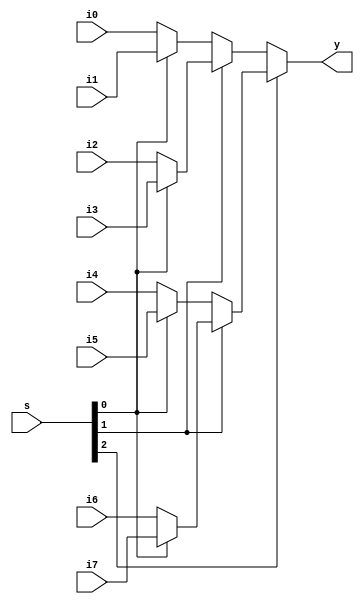
module mux(i7,i6,i5,i4,i3,i2,i1,i0,s,y);
input i7,i6,i5,i4,i3,i2,i1,i0;
input [2:0]s;
output reg y;
always @(*)begin
  y=s[2]?(s[1]?(s[0]?i7:i6):(s[0]?i5:i4)):(s[1]?(s[0]?i3:i2):(s[0]?i1:i0));
end
endmodule